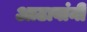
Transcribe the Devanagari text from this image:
आढावांनी